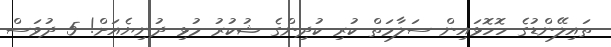
ތައިލޭންޑުގެ ހޮހޮޅައިން ސަލާމަތް ކުރި ކުދިންގެ ޝުކުރު މުޅި ދުނިޔެއަށް! 5 ދުވަސް